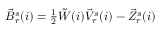
\begin{array} { r } { \vec { B } _ { r } ^ { s } ( i ) = \frac { 1 } { 2 } \tilde { W } ( i ) \vec { V } _ { r } ^ { s } ( i ) - \vec { Z } _ { r } ^ { s } ( i ) } \end{array}